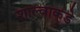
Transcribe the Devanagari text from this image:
शाल्वाकडे